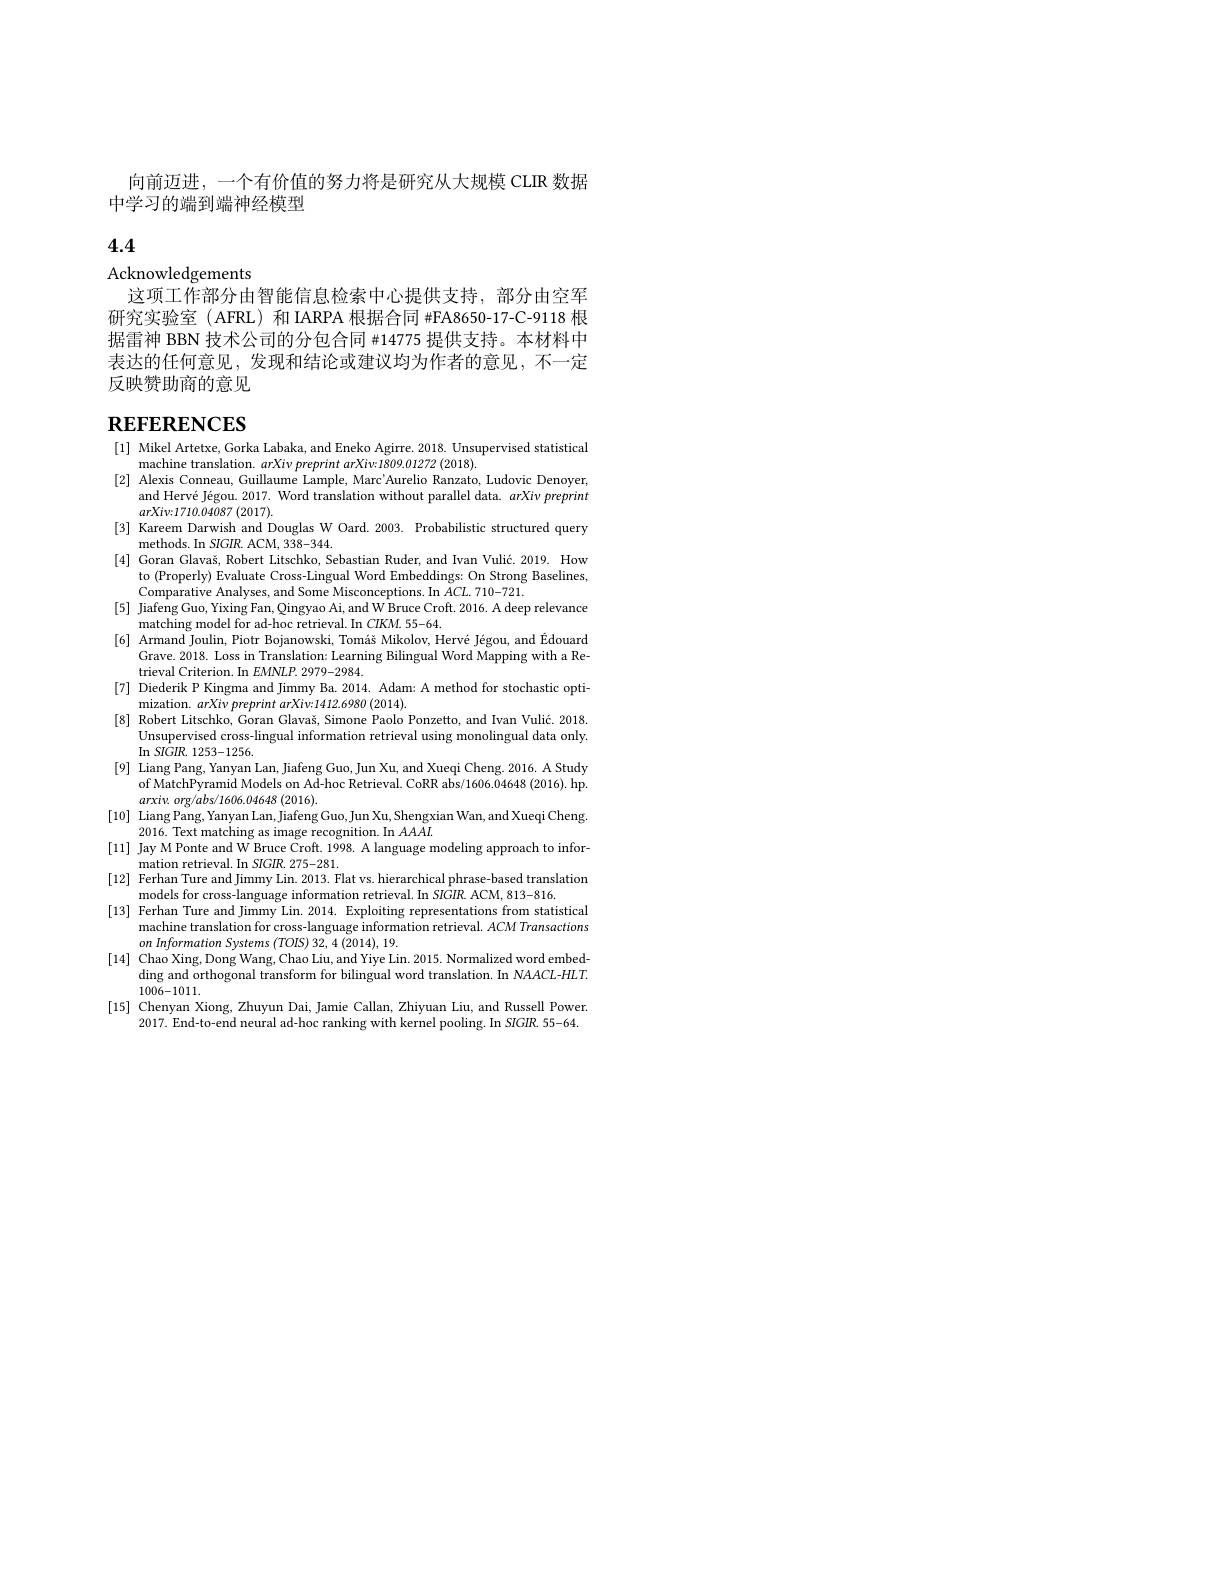
向前迈进，一个有价值的努力将是研究从大规模 CLR 数据
中学习的端到端神经模型

# 4.4

Acknowledgements

这项工作部分由智能信息检索中心提供支持，部分由空军研究实验室 (AFRL) 和 IARPA 根据合同 #FA8650-17-C-9118 根据雷神 BBN 技术公司的分包合同 #14775 提供支持。本材料中表达的任何意见，发现和结论或建议均为作者的意见，不一定反映赞助商的意见

# $\mathbf{REFERENCES}$

[1] Mikel Artetxe, Gorka Labaka, and Eneko Agirre. 2018. Unsupervised statistical
machine translation. $arXiv\textit{preprint arXiv: 1809. 01272}( 2018) .$
[2] Alexis Conneau, Guillaume Lample, Marc'Aurelio Ranzato, Ludovic Denoyer,
and Hervé Jégou. 2017. Word translation without parallel data. arXiv preprint
$arXiv{: }1710. 04087$ (2017).
[3] Kareem Darwish and Douglas W Oard. 2003. Probabilistic structured query
methods. In SIGIR. ACM, 338-344
[4] Goran Glavaš, Robert Litschko, Sebastian Ruder, and Ivan Vulić. 2019. How
to (Properly) Evaluate Cross-Lingual Word Embeddings: On Strong Baselines,
Comparative Analyses, and Some Misconceptions. In $ACL.710-721.$
[5] Jiafeng Guo, Yixing Fan, Qingyao Ai, and W Bruce Croft. 2016. A deep relevance
matching model for ad-hoc retrieval. In CIKM. 55-64.
[6] Armand Joulin, Piotr Bojanowski, Tomáš Mikolov, Hervé Jégou, and Édouard
Grave. 2018. Loss in Translation: Learning Bilingual Word Mapping with a Re-
trieval Criterion. In EMNLP. 2979-2984.
[7] Diederik P Kingma and Jimmy Ba. 2014. Adam: A method for stochastic opti-
$mization. $arXiv$ preprint arXiv:1412.6980(2014)$
[8] Robert Litschko, Goran Glavaš, Simone Paolo Ponzetto, and Ivan Vulić. 2018.
Unsupervised cross-lingual information retrieval using monolingual data only.
In SIGIR. 1253-1256.
[9] Liang Pang, Yanyan Lan, Jiafeng Guo, Jun Xu, and Xueqi Cheng. 2016. A Study
of MatchPyramid Models on Ad-hoc Retrieval. CoRR abs/1606.04648 (2016). hp.
$arxiv.$ org/abs/1606.04648(2016).
[10] Liang Pang, Yanyan Lan, Jiafeng Guo, Jun Xu, Shengxian Wan, and Xueqi Cheng
2016. Text matching as image recognition. In $AAAAI.$
[11] Jay M Ponte and W Bruce Croft. 1998. A language modeling approach to infor-
mation retrieval. In SIGIR. 275-281.
[12] Ferhan Ture and Jimmy Lin. 2013. Flat vs. hierarchical phrase-based translation
models for cross-language information retrieval. In SIGIR ACM, 813-816.
[13] Ferhan Ture and Jimmy Lin. 2014. Exploiting representations from statistical
machine translation for cross-language information retrieval. $ACM$ Transactions
$on\textit{Information Systems ( TOIS)  32,  4 ( 2014) ,  19. }$
[14] Chao Xing, Dong Wang, Chao Liu, and Yiye Lin. 2015. Normalized word embed-
ding and orthogonal transform for bilingual word translation. In NAACL-HLT.
1006-1011.
[15] Chenyan Xiong, Zhuyun Dai, Jamie Callan, Zhiyuan Liu, and Russell Power
2017. End-to-end neural ad-hoc ranking with kernel pooling. In SIGIR. 55-64.